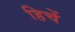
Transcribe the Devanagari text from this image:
हिचें